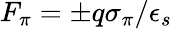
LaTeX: F_{\pi}=\pm q\sigma_{\pi}/\epsilon_{s}